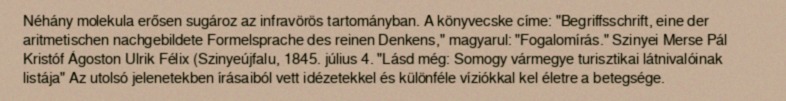
Néhány molekula erősen sugároz az infravörös tartományban. A könyvecske címe: "Begriffsschrift, eine der aritmetischen nachgebildete Formelsprache des reinen Denkens," magyarul: "Fogalomírás." Szinyei Merse Pál Kristóf Ágoston Ulrik Félix (Szinyeújfalu, 1845. július 4. "Lásd még: Somogy vármegye turisztikai látnivalóinak listája" Az utolsó jelenetekben írásaiból vett idézetekkel és különféle víziókkal kel életre a betegsége.